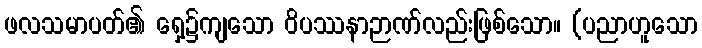
ဖလသမာပတ်၏ ရှေ့၌ကျသော ဝိပဿနာဉာဏ်လည်းဖြစ်သော။ (ပညာဟူသော